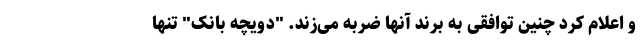
و اعلام کرد چنین توافقی به برند آنها ضربه می‌زند. "دویچه بانک" تنها